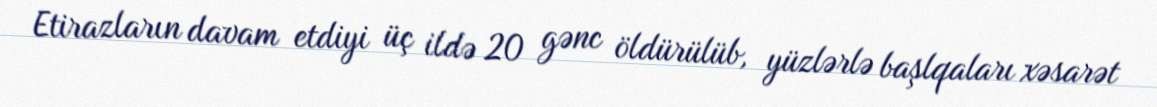
Etirazların davam etdiyi üç ildə 20 gənc öldürülüb, yüzlərlə başlqaları xəsarət